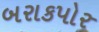
બરાકપોર